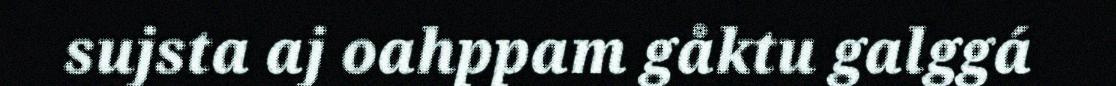
sujsta aj oahppam gåktu galggá